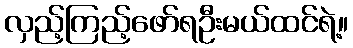
လှည့်ကြည့်ဖော်ရဦးမယ်ထင်ရဲ့။